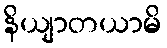
နိယျာတယာမိ